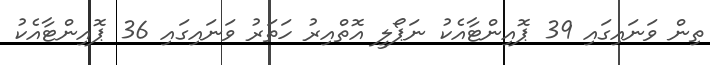
ތިން ވަނައިގައި 39 ޕޮއިންޓާއެކު ނަޕޯލީ އޮތްއިރު ހަތަރު ވަނައިގައި 36 ޕޮއިންޓާއެކު